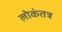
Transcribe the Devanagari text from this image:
लोकंतत्र